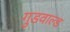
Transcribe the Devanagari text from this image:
गुडवाल्ड